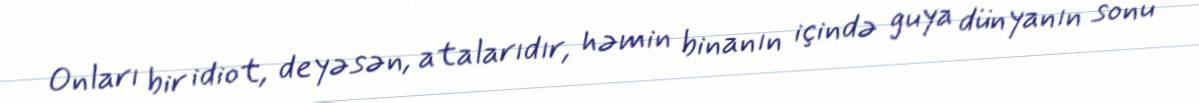
Onları bir idiot, deyəsən, atalarıdır, həmin binanın içində guya dünyanın sonu